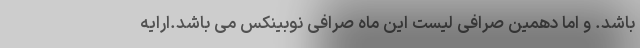
باشد. و اما دهمین صرافی لیست این ماه صرافی نوبینکس می باشد.ارایه